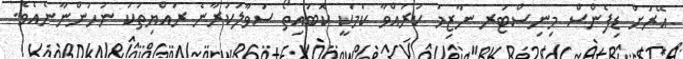
އޭރަށް ޑިފެންސް މިނިސްޓަރ ނާޒިމު ކުރައްވާ ކަމަކީ ކޮބައިތޯ ސުވާލުކުރާނެ ރައްޔިތަކު ނުހުންނާނެއެވެ.